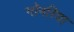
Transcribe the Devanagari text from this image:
गॉनरिया